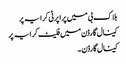
بلاک بی میں پراپرٹی کرایہ پر
کینال گارڈن میں فلیٹ کرایہ پر
کینال گارڈن ۔